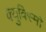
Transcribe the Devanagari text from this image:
क्युबिस्मो